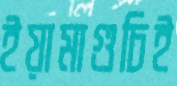
ইয়ামাগুচিই